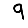
Digit: 9